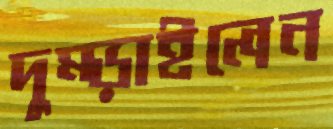
দুম্‌ড়াইলেন